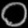
Digit: ၀